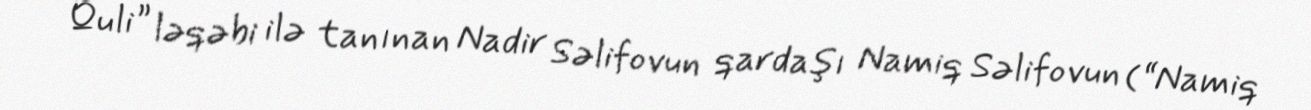
Quli” ləqəbi ilə tanınan Nadir Səlifovun qardaşı Namiq Səlifovun (“Namiq